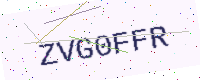
Text: ZVG0FFR